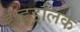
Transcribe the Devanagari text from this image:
हाइड्रलिक